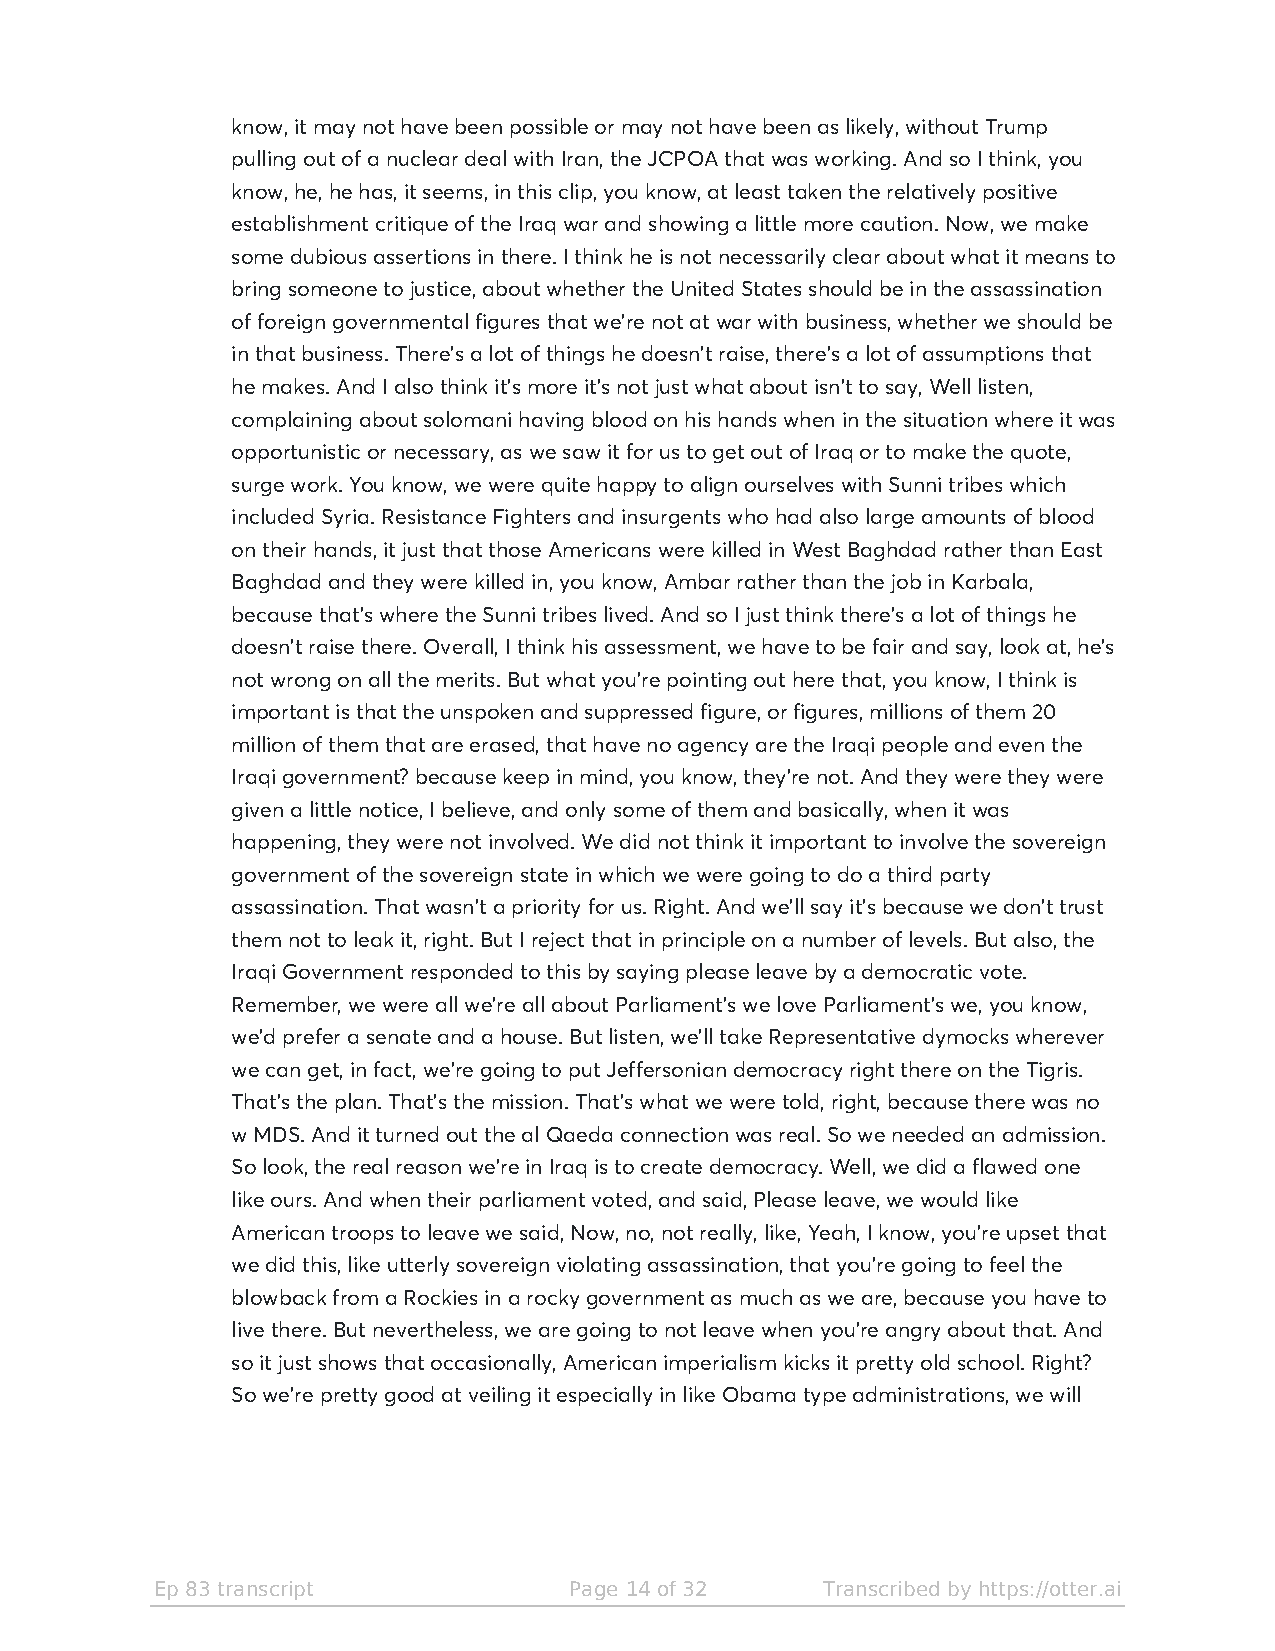
know, it may not have been possible or may not have been as likely, without Trump
 pulling out of a nuclear deal with Iran, the JCPOA that was working. And so I think, you
 know, he, he has, it seems, in this clip, you know, at least taken the relatively positive
 establishment critique of the Iraq war and showing a little more caution. Now, we make
 some dubious assertions in there. I think he is not necessarily clear about what it means to
 bring someone to justice, about whether the United States should be in the assassination
 of foreign governmental figures that we're not at war with business, whether we should be
 in that business. There's a lot of things he doesn't raise, there's a lot of assumptions that
 he makes. And I also think it's more it's not just what about isn't to say, Well listen,
 complaining about solomani having blood on his hands when in the situation where it was
 opportunistic or necessary, as we saw it for us to get out of Iraq or to make the quote,
 surge work. You know, we were quite happy to align ourselves with Sunni tribes which
 included Syria. Resistance Fighters and insurgents who had also large amounts of blood
 on their hands, it just that those Americans were killed in West Baghdad rather than East
 Baghdad and they were killed in, you know, Ambar rather than the job in Karbala,
 because that's where the Sunni tribes lived. And so I just think there's a lot of things he
 doesn't raise there. Overall, I think his assessment, we have to be fair and say, look at, he's
 not wrong on all the merits. But what you're pointing out here that, you know, I think is
 important is that the unspoken and suppressed figure, or figures, millions of them 20
 million of them that are erased, that have no agency are the Iraqi people and even the
 Iraqi government? because keep in mind, you know, they're not. And they were they were
 given a little notice, I believe, and only some of them and basically, when it was
 happening, they were not involved. We did not think it important to involve the sovereign
 government of the sovereign state in which we were going to do a third party
 assassination. That wasn't a priority for us. Right. And we'll say it's because we don't trust
 them not to leak it, right. But I reject that in principle on a number of levels. But also, the
 Iraqi Government responded to this by saying please leave by a democratic vote.
 Remember, we were all we're all about Parliament's we love Parliament's we, you know,
 we'd prefer a senate and a house. But listen, we'll take Representative dymocks wherever
 we can get, in fact, we're going to put Jeffersonian democracy right there on the Tigris.
 That's the plan. That's the mission. That's what we were told, right, because there was no
 w MDS. And it turned out the al Qaeda connection was real. So we needed an admission.
 So look, the real reason we're in Iraq is to create democracy. Well, we did a flawed one
 like ours. And when their parliament voted, and said, Please leave, we would like
 American troops to leave we said, Now, no, not really, like, Yeah, I know, you're upset that
 we did this, like utterly sovereign violating assassination, that you're going to feel the
 blowback from a Rockies in a rocky government as much as we are, because you have to
 live there. But nevertheless, we are going to not leave when you're angry about that. And
 so it just shows that occasionally, American imperialism kicks it pretty old school. Right?
 So we're pretty good at veiling it especially in like Obama type administrations, we will
 Ep 83 transcript            Page 14 of 32   Transcribed by https://otter.ai